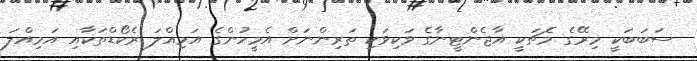
ސަބަބަކީ މިރޭގެ މެޗަކީ އާޖެންޓީނާގެ ވަކިވަކި ތަރިންނަށް އެމީހުންގެ އަމިއްލަ ރެކޯޑްތަކާއި އަމިއްލަ